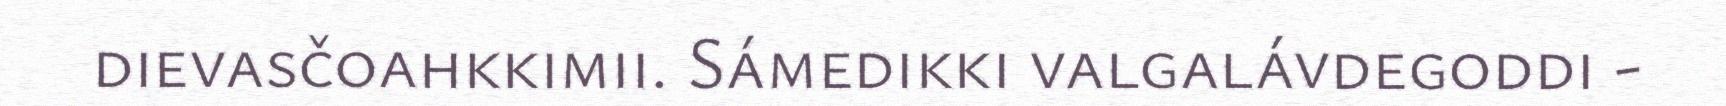
dievasčoahkkimii. Sámedikki valgalávdegoddi -